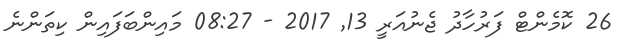
26 ކޮމެންޓް ފަރުހާދު ޖެނުއަރީ 13